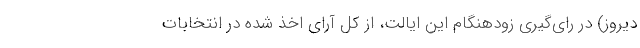
دیروز) در رای‌گیری زودهنگام این ایالت، از کل آرای اخذ شده در انتخابات